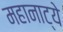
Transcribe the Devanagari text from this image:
महानाट्ये